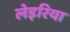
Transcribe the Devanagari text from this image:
लेइरिया